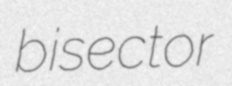
bisector